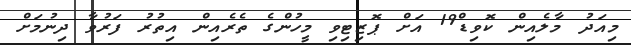
މިއަދު މާލެއިން ކޮވިޑް19 އަށް ޕޮޒިޓިވި މީހުންގެ ތެރެއިން އިތުރު ފަރުވާ ދިނުމަށް